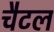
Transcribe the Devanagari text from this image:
चैटल